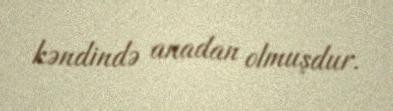
kəndində anadan olmuşdur.